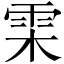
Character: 雬